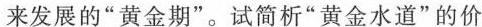
来发展的”黄金期”。试简析”黄金水道”的价